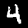
Digit: 4